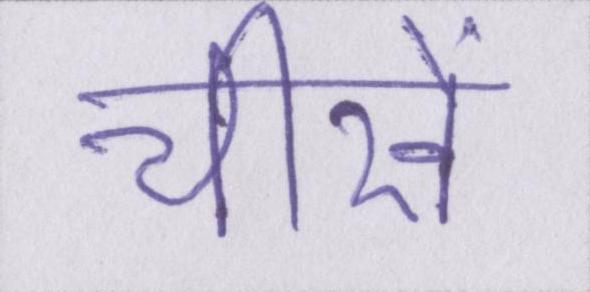
चीखें